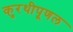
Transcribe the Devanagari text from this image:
कुरथीपूणल